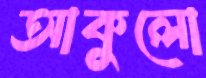
আকুলো